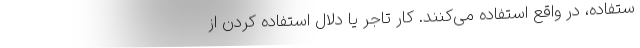
ستفاده، در واقع استفاده می‌کنند. کار تاجر یا دلال استفاده کردن از